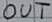
Text: OUT